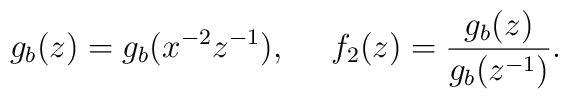
g_b (z)=g_b (x^{-2}z^{-1}), ~~~~ f_2 (z)=\frac{g_b (z)}{g_b (z^{-1})}.